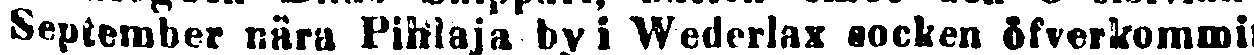
September nära Pihlaja by i Wederlax socken öfverkommit